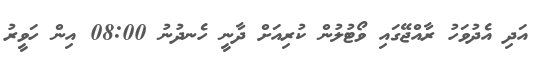
އަދި އެދުވަހު ރާއްޖޭގައި ވޯޓުލުން ކުރިއަށް ދާނީ ހެނދުނު 08:00 އިން ހަވީރު